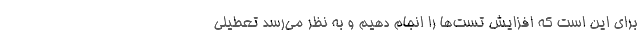
برای این است که افزایش تست‌ها را انجام دهیم و به نظر می‌رسد تعطیلی